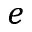
e